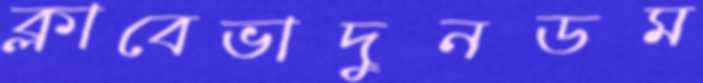
ক্লাবেভাদুনডম